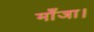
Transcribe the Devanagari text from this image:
माँजा।